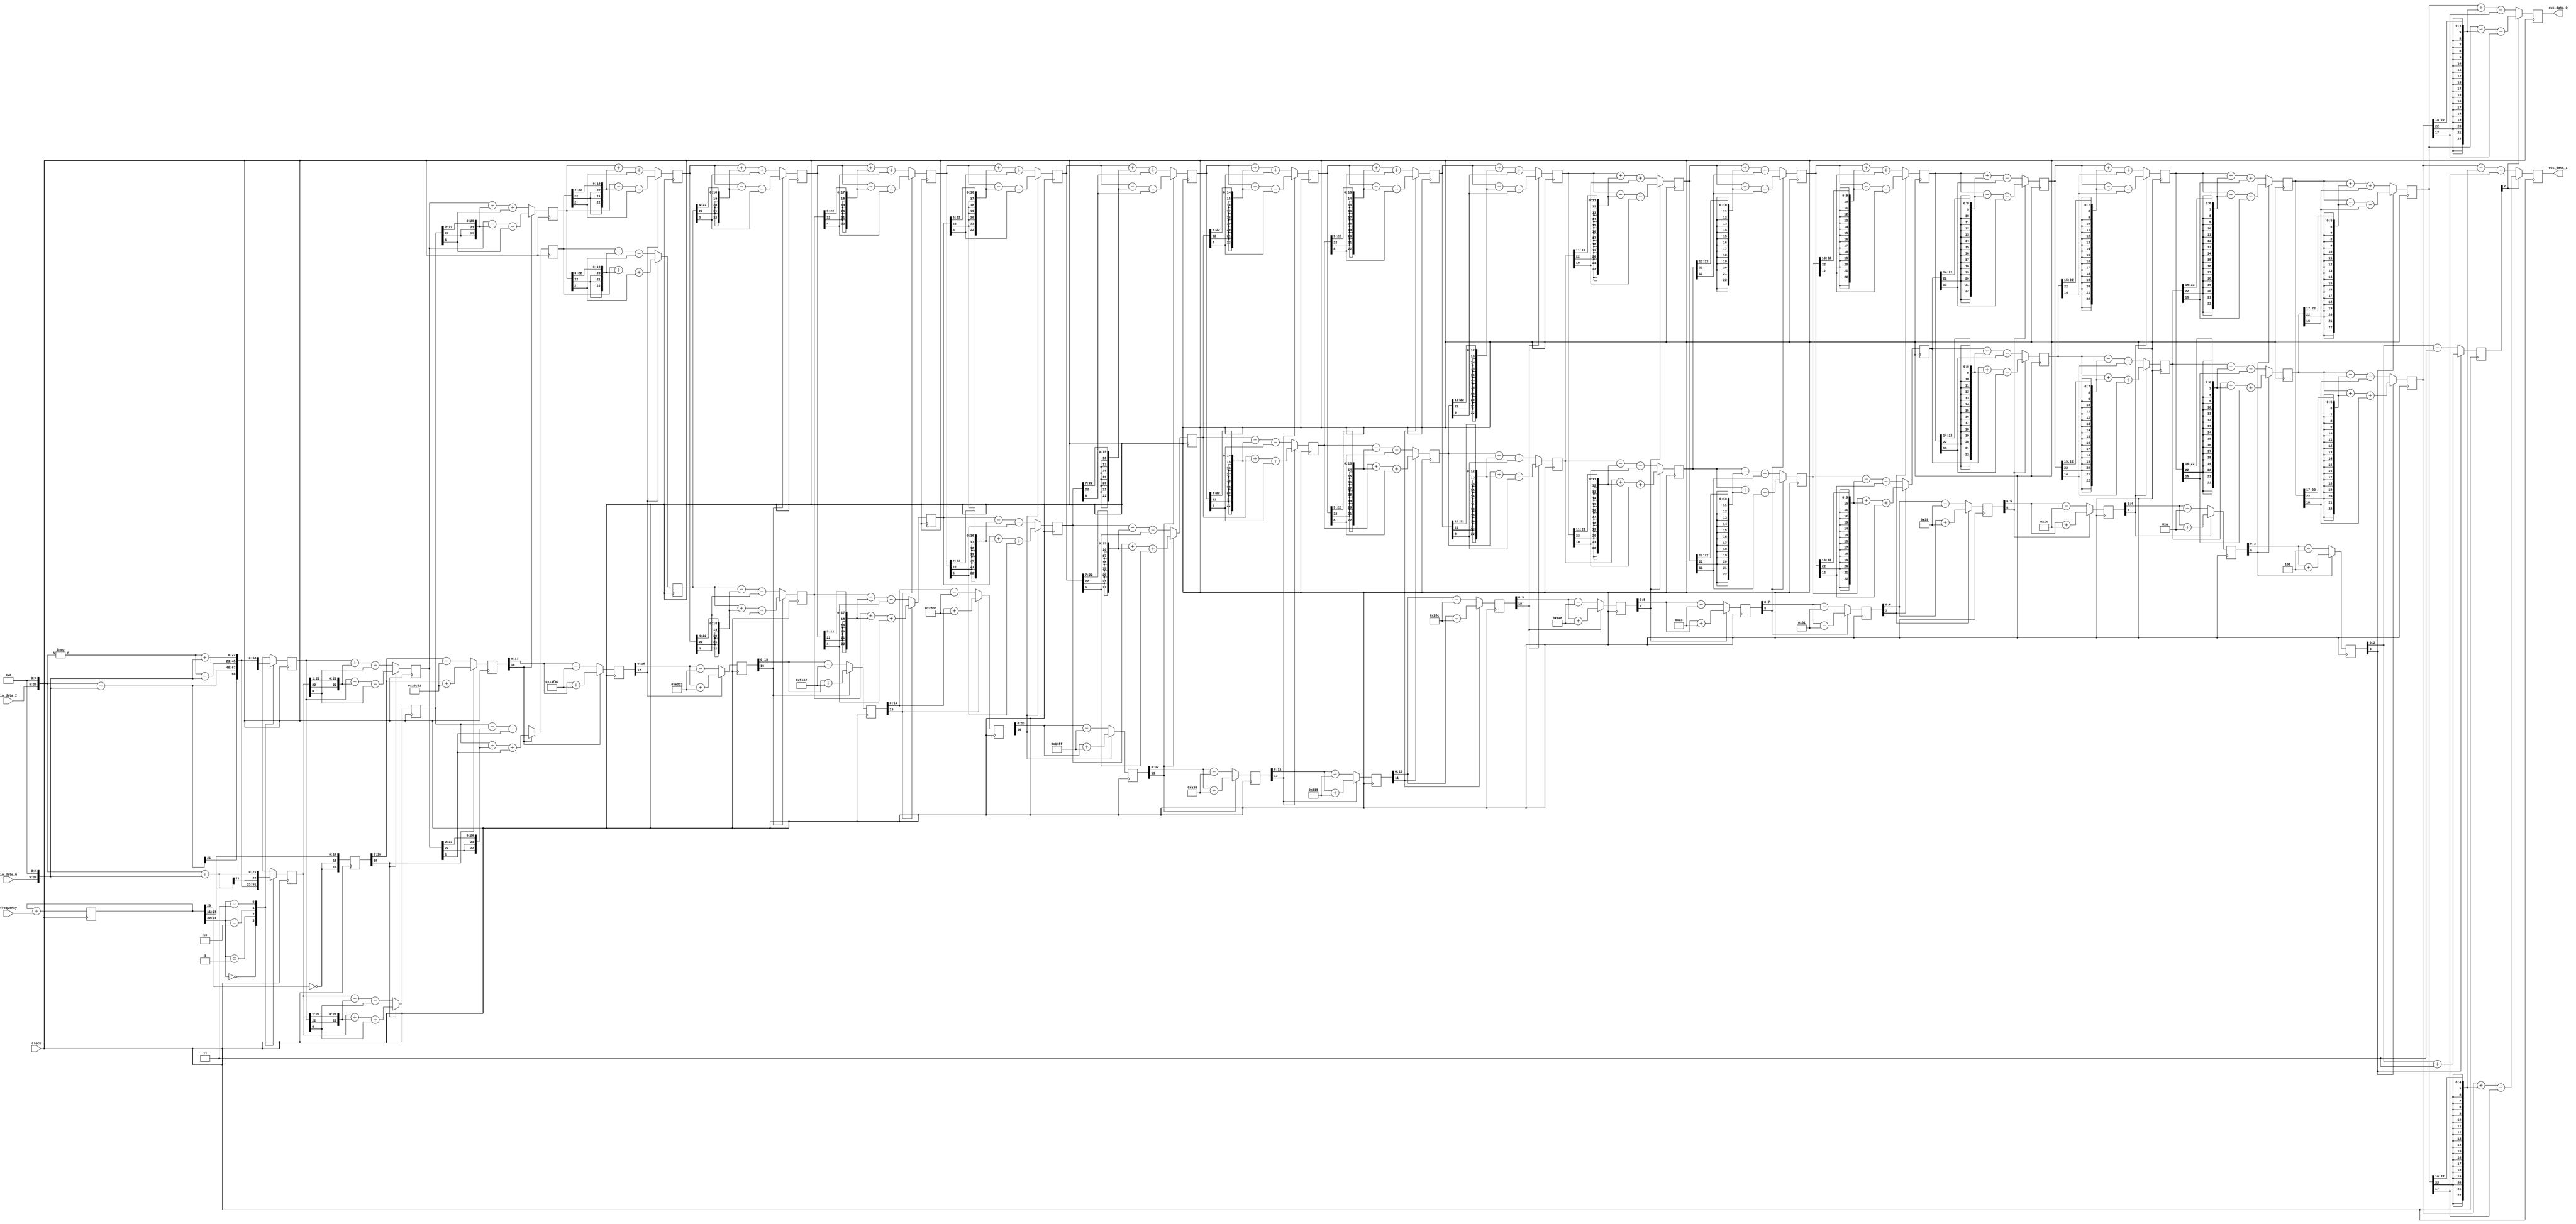
module cpl_cordic(
  input clock,
  input signed [WF-1:0] frequency,
  input signed [IN_WIDTH-1:0] in_data_I,
  input signed [IN_WIDTH-1:0] in_data_Q,
  output signed [WO-1:0] out_data_I,
  output signed [WO-1:0] out_data_Q
  );


parameter IN_WIDTH   = 16; //ADC bitwidth
parameter EXTRA_BITS = 5;  //spur reduction 6 dB per bit
parameter OUT_WIDTH = WR;  //23-bit output width

//internal params
localparam WR =  IN_WIDTH + EXTRA_BITS + 2; //23-bit data regs
localparam WZ =  IN_WIDTH + EXTRA_BITS - 1; //20-bit angle regs
localparam STG = IN_WIDTH + EXTRA_BITS - 2; //19 stages
localparam WO = OUT_WIDTH;

localparam WF = 32; //NCO freq,  -Pi..Pi per clock cycle
localparam WP = 32; //NCO phase, 0..2*Pi







//------------------------------------------------------------------------------
//                             arctan table
//------------------------------------------------------------------------------
localparam WT = 32;

wire signed [WT-1:0] atan_table [1:WT-1];


//     atan_table[00] = 32'b01000000000000000000000000000000; //1073741824  FYI
assign atan_table[01] = 32'b00100101110010000000101000111011; //633866811
assign atan_table[02] = 32'b00010011111101100111000010110111; //334917815
assign atan_table[03] = 32'b00001010001000100010001110101000; //170009512
assign atan_table[04] = 32'b00000101000101100001101010000110; //85334662
assign atan_table[05] = 32'b00000010100010111010111111000011; //42708931
assign atan_table[06] = 32'b00000001010001011110110000111101; //21359677
assign atan_table[07] = 32'b00000000101000101111100010101010; //10680490
assign atan_table[08] = 32'b00000000010100010111110010100111; //5340327
assign atan_table[09] = 32'b00000000001010001011111001011101; //2670173
assign atan_table[10] = 32'b00000000000101000101111100110000; //1335088
assign atan_table[11] = 32'b00000000000010100010111110011000; //667544
assign atan_table[12] = 32'b00000000000001010001011111001100; //333772
assign atan_table[13] = 32'b00000000000000101000101111100110; //166886
assign atan_table[14] = 32'b00000000000000010100010111110011; //83443
assign atan_table[15] = 32'b00000000000000001010001011111010; //41722
assign atan_table[16] = 32'b00000000000000000101000101111101; //20861
assign atan_table[17] = 32'b00000000000000000010100010111110; //10430
assign atan_table[18] = 32'b00000000000000000001010001011111; //5215
assign atan_table[19] = 32'b00000000000000000000101000110000; //2608
assign atan_table[20] = 32'b00000000000000000000010100011000; //1304
assign atan_table[21] = 32'b00000000000000000000001010001100; //652
assign atan_table[22] = 32'b00000000000000000000000101000110; //326
assign atan_table[23] = 32'b00000000000000000000000010100011; //163
assign atan_table[24] = 32'b00000000000000000000000001010001; //81
assign atan_table[25] = 32'b00000000000000000000000000101001; //41
assign atan_table[26] = 32'b00000000000000000000000000010100; //20
assign atan_table[27] = 32'b00000000000000000000000000001010; //10
assign atan_table[28] = 32'b00000000000000000000000000000101; //5
assign atan_table[29] = 32'b00000000000000000000000000000011; //3
assign atan_table[30] = 32'b00000000000000000000000000000001; //1
assign atan_table[31] = 32'b00000000000000000000000000000001; //1








//------------------------------------------------------------------------------
//                              registers
//------------------------------------------------------------------------------
//NCO
reg [WP-1:0] phase;
wire [1:0] quadrant = phase[WP-1:WP-2];


//stage outputs
reg signed [WR-1:0] X [0:STG-1];
reg signed [WR-1:0] Y [0:STG-1];
reg signed [WZ-1:0] Z [0:STG-1];






//------------------------------------------------------------------------------
//                               stage 0
//------------------------------------------------------------------------------
//input word sign-extended by 2 bits, padded at the right with EXTRA_BITS of zeros
wire signed [WR-1:0] in_data_I_ext = {{2{in_data_I[IN_WIDTH-1]}}, in_data_I, {EXTRA_BITS{1'b0}}};
wire signed [WR-1:0] in_data_Q_ext = {{2{in_data_Q[IN_WIDTH-1]}}, in_data_Q, {EXTRA_BITS{1'b0}}};



always @(posedge clock)
  begin
  //rotate to the required quadrant, pre-rotate by +Pi/4. 
  //the gain of this stage is 2.0, overall cordic gain is Sqrt(2)*1.647
  case (quadrant)
    0: begin X[0] <=  in_data_I_ext - in_data_Q_ext;   Y[0] <=  in_data_I_ext + in_data_Q_ext; end
    1: begin X[0] <= -in_data_I_ext - in_data_Q_ext;   Y[0] <=  in_data_I_ext - in_data_Q_ext; end
    2: begin X[0] <= -in_data_I_ext + in_data_Q_ext;   Y[0] <= -in_data_I_ext - in_data_Q_ext; end
    3: begin X[0] <=  in_data_I_ext + in_data_Q_ext;   Y[0] <= -in_data_I_ext + in_data_Q_ext; end
  endcase

  //subtract quadrant and Pi/4 from the angle
  Z[0] <= {~phase[WP-3], ~phase[WP-3], phase[WP-4:WP-WZ-1]};

  //advance NCO
  phase <= phase + frequency;
  end






//------------------------------------------------------------------------------
//                           stages 1 to STG-1
//------------------------------------------------------------------------------
genvar n;


generate
  for (n=0; n<=(STG-2); n=n+1)
    begin : stages
    //data from prev stage, shifted
    wire signed [WR-1:0] X_shr = {{(n+1){X[n][WR-1]}}, X[n][WR-1:n+1]};
    wire signed [WR-1:0] Y_shr = {{(n+1){Y[n][WR-1]}}, Y[n][WR-1:n+1]};


    //rounded arctan
    wire [WZ-2-n:0] atan = atan_table[n+1][WT-2-n:WT-WZ] + atan_table[n+1][WT-WZ-1];


    //the sign of the residual
    wire Z_sign = Z[n][WZ-1-n];


    always @(posedge clock)
      begin
      //add/subtract shifted and rounded data
      X[n+1] <= Z_sign ? X[n] + Y_shr + Y[n][n] : X[n] - Y_shr - Y[n][n];
      Y[n+1] <= Z_sign ? Y[n] - X_shr - X[n][n] : Y[n] + X_shr + X[n][n];

      //update angle
      if (n < STG-2)
        begin : angles
        Z[n+1][WZ-2-n:0] <= Z_sign ? Z[n][WZ-2-n:0] + atan : Z[n][WZ-2-n:0] - atan;
        end
      end
    end
endgenerate






//------------------------------------------------------------------------------
//                                 output
//------------------------------------------------------------------------------
generate
  if (OUT_WIDTH == WR)
    begin
    assign out_data_I = X[STG-1];
    assign out_data_Q = Y[STG-1];
    end
    
  else
    begin
    reg signed [WO-1:0] rounded_I;
    reg signed [WO-1:0] rounded_Q;

    always @(posedge clock)
      begin
      rounded_I <= X[STG-1][WR-1 : WR-WO] + X[STG-1][WR-1-WO];
      rounded_Q <= Y[STG-1][WR-1 : WR-WO] + Y[STG-1][WR-1-WO];
      end
      
    assign out_data_I = rounded_I;
    assign out_data_Q = rounded_Q;
    end
endgenerate



endmodule